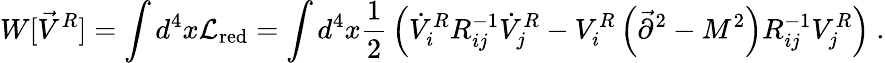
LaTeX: W[\vec{V}^{R}]=\int d^{4}x{\cal L}_{\mathrm{red}}=\int d^{4}x{\frac{1}{2}}\left(\dot{V}_{i}^{R}R_{ij}^{-1}\dot{V}_{j}^{R}-V_{i}^{R}\left(\vec{\partial}^{2}-M^{2}\right)R_{ij}^{-1}V_{j}^{R}\right)~.